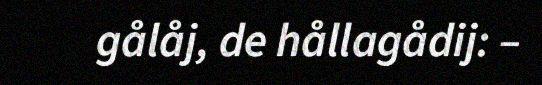
gålåj, de hållagådij: –